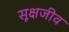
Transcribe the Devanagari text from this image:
सूक्षजीव